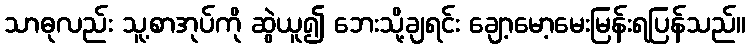
သာဓုလည်း သူ့စာအုပ်ကို ဆွဲယူ၍ ဘေးသို့ချရင်း ချော့မော့မေးမြန်းရပြန်သည်။